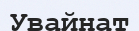
Увайнат